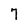
Character: 7